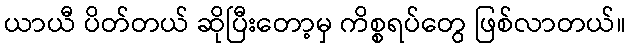
ယာယီ ပိတ်တယ် ဆိုပြီးတော့မှ ကိစ္စရပ်တွေ ဖြစ်လာတယ်။